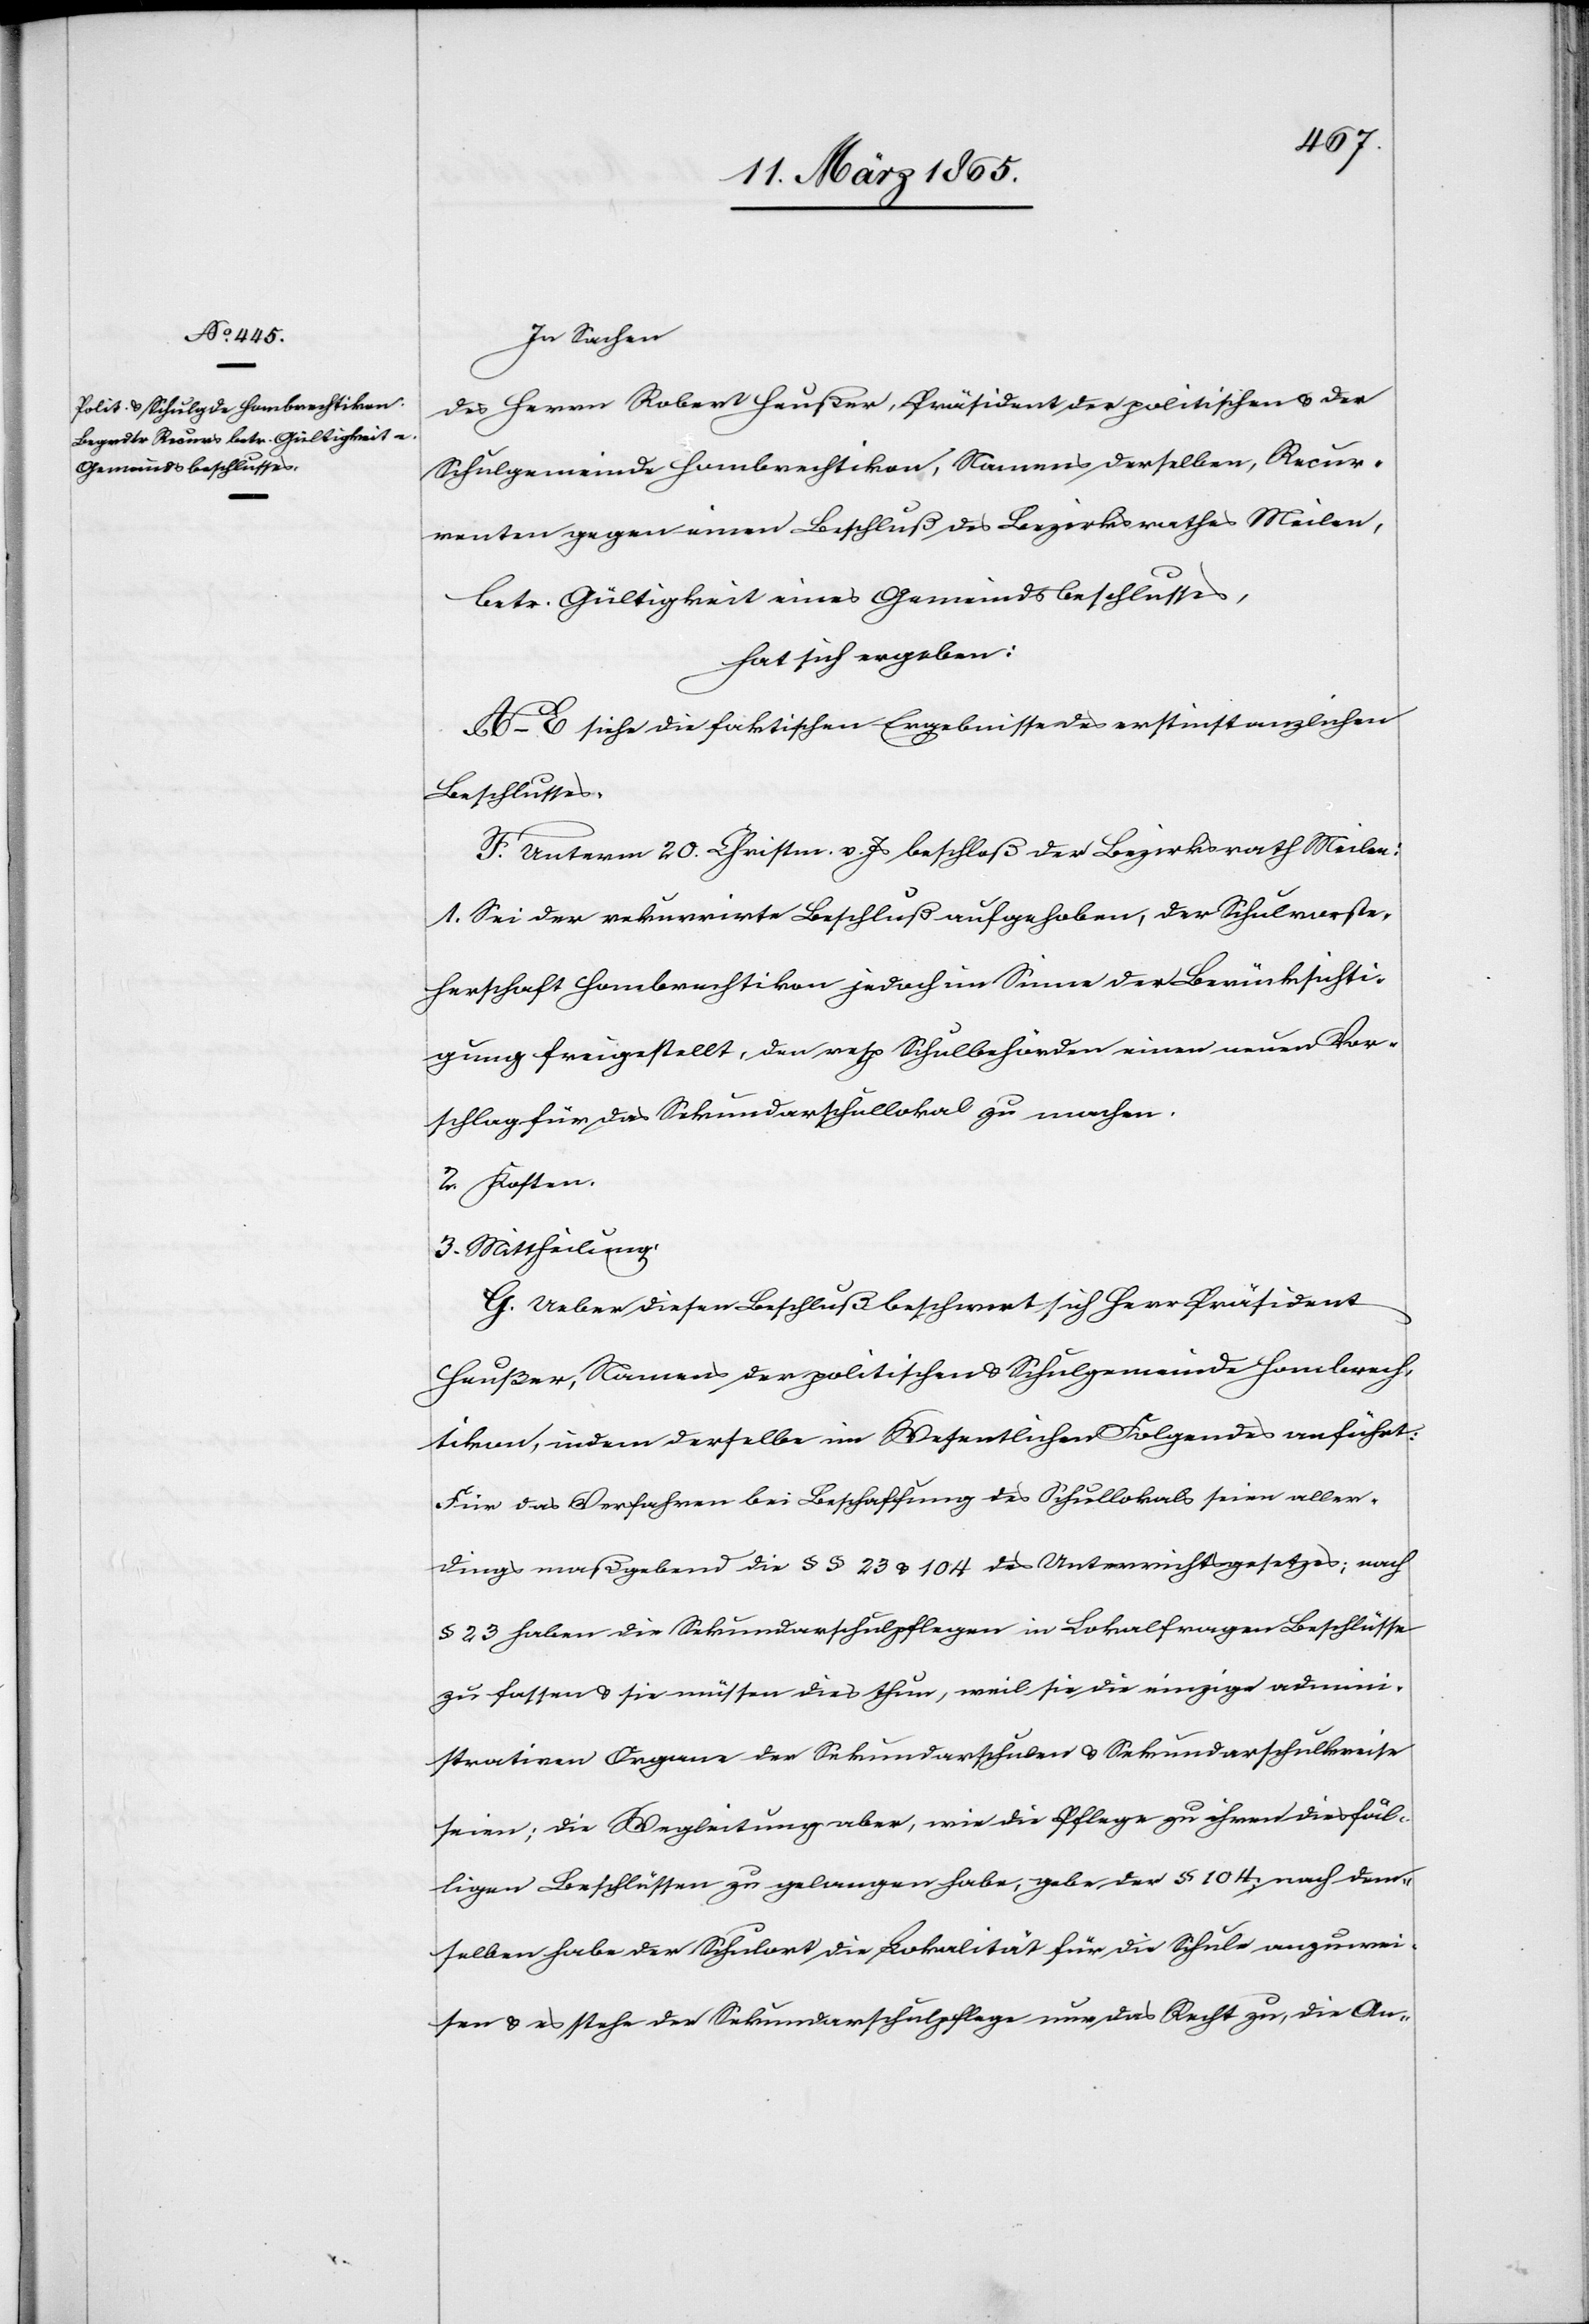
In Sachen
des Herrn Robert Heußer, Präsident der politischen u. der
Schulgemeinde Hombrechtikon, Namens derselben, Recur¬
renten gegen einen Beschluß des Bezirksrathes Meilen,
betr. Gültigkeit eines Gemeindsbeschlusses,
hat sich ergeben:
A–E siehe die faktischen Ergebnisse des erstinstanzlichen
Beschlusses.
F. Unterm 20. Christm. v. Js beschloß der Bezirksrath Meilen:
1. Sei der rekurrirte Beschluß aufgehoben, der Schulvorste¬
herschaft Hombrechtikon jedoch im Sinne der Berücksichti¬
gung freigestellt, den resp. Schulbehörden einen neuen Vor¬
schlag für das Sekundarschullokal zu machen.
2. Kosten.
3. Mittheilung.
G. Ueber diesen Beschluß beschwert sich Herr Präsident
Heußer, Namens der politischen u. Schulgemeinde Hombrech¬
tikon, indem derselbe im Wesentlichen Folgendes anführt:
Für das Verfahren bei Beschaffung des Schullokals seien aller¬
dings maßgebend die § § 23 u. 104 des Unterrichtsgesetzes; nach
§ 23 haben die Sekundarschulpflegen in Lokalfragen Beschlüsse
zu fassen u. sie müssen dies thun, weil sie die einzige admini¬
strativen Organe der Sekundarschulen u. Sekundarschulkreise
seien; die Wegleitung aber, wie die Pflege zu ihren diesfäl¬
ligen Beschlüssen zu gelangen habe, gebe der § 104; nach dem¬
selben habe der Schulort die Lokalität für die Schule anzuwei¬
sen u. es stehe der Sekundarschulpflege nur das Recht zu, die An-